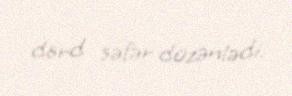
dörd səfər düzənlədi.